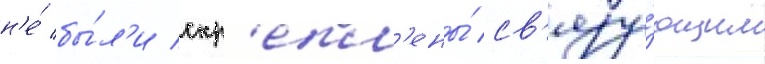
н'е́ бы́л'и скр'епл'ены́ св'язу́ющим